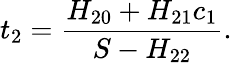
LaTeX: t_{2}=\frac{H_{20}+H_{21}c_{1}}{S-H_{22}}.